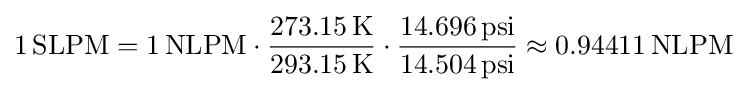
1\,\mathrm {SLPM} =1\,\mathrm {NLPM} \cdot {\frac {273.15\,\mathrm {K} }{293.15\,\mathrm {K} }}\cdot {\frac {14.696\,{\text{psi}}}{14.504\,{\text{psi}}}}\approx 0.94411\,\mathrm {NLPM}